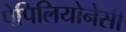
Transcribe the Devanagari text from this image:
पेपिलियोनेसी